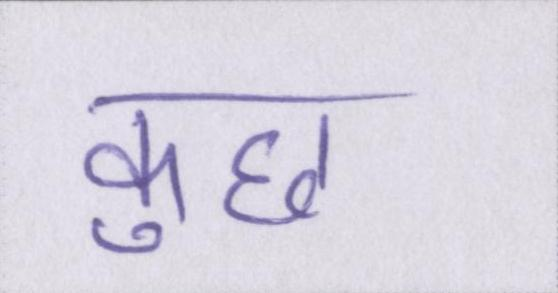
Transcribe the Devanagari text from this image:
कुछ